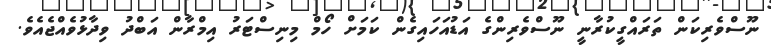
ނޫސްވެރިކަން ތަރައްގީކުރާނީ ނޫސްވެރިންގެ އަޑުއަހައިގެން ކަމަށް ހޯމް މިނިސްޓަރު އިމްރާން އަބްދު ވިދާޅުވެއްޖެއެވެ.